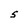
Character: S